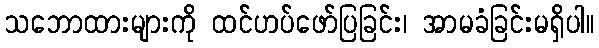
သဘောထားများကို ထင်ဟပ်ဖော်ပြခြင်း၊ အာမခံခြင်းမရှိပါ။